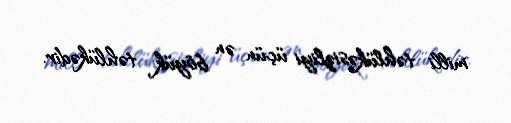
milli təhlükəsizliyi üçün ən böyük təhlükədir.